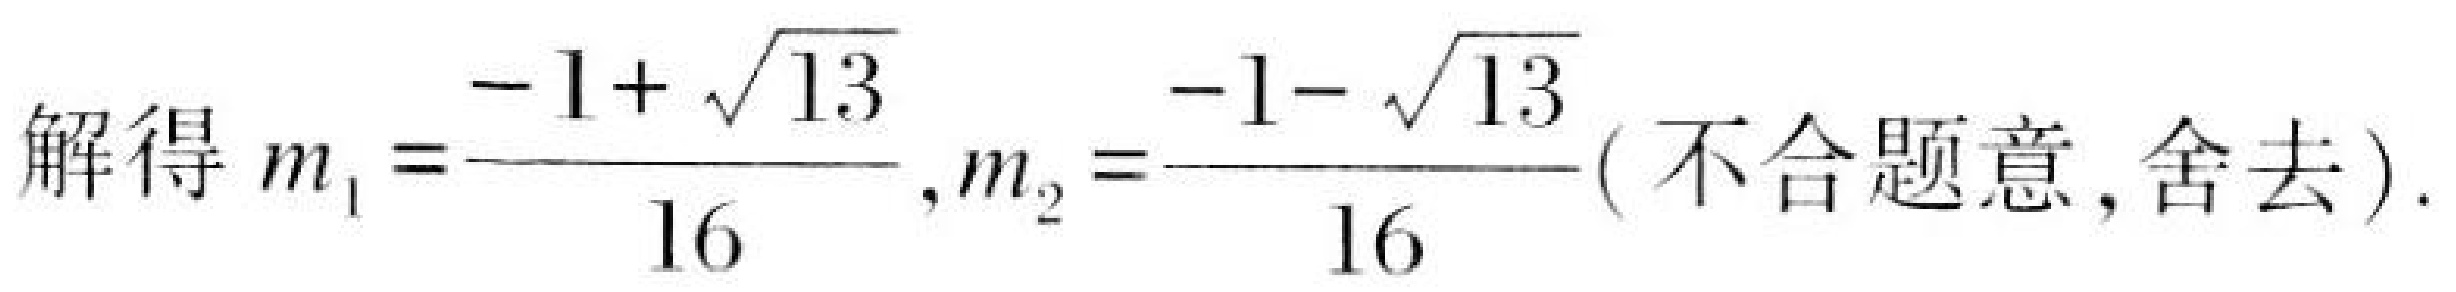
解得\(m_{1}=\frac{-1 + \sqrt{13}}{16},m_{2}=\frac{-1 - \sqrt{13}}{16}(\text{不合题意,舍去})\).